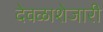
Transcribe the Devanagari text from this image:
देवळाशेजारी